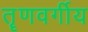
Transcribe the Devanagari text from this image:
तॄणवर्गीय